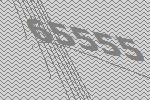
65555